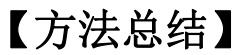
【方法总结】